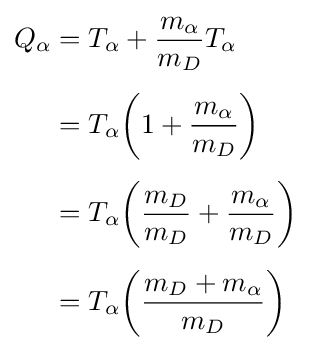
{\begin{aligned}Q_{\alpha }&=T_{\alpha }+{\frac {m_{\alpha }}{m_{D}}}T_{\alpha }\\[4pt]&=T_{\alpha }{\bigg (}1+{\frac {m_{\alpha }}{m_{D}}}{\bigg )}\\[4pt]&=T_{\alpha }{\bigg (}{\frac {m_{D}}{m_{D}}}+{\frac {m_{\alpha }}{m_{D}}}{\bigg )}\\[4pt]&=T_{\alpha }{\bigg (}{\frac {m_{D}+m_{\alpha }}{m_{D}}}{\bigg )}\\[4pt]\end{aligned}}